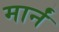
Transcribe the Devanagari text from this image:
मार्नं